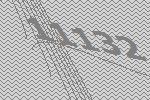
11132